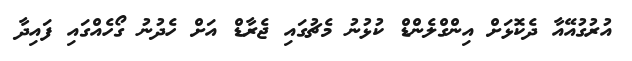
އުރުގުއޭއާ ދެކޮޅަށް އިންގްލެންޑް ކުޅުނު މެޗުގައި ޖެރާޑް އަށް ހެދުނު ގޯހެއްގައި ފައިދާ